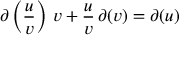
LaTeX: \partial \left( { \frac { u } { v } } \right) \, v + { \frac { u } { v } } \, \partial ( v ) = \partial ( u )